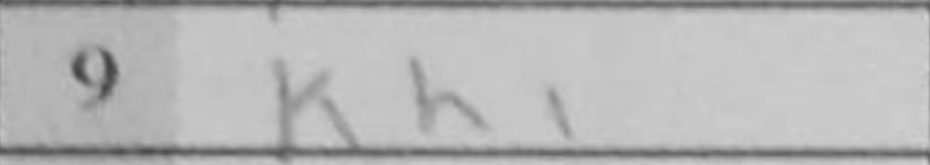
Transcription: Kh1